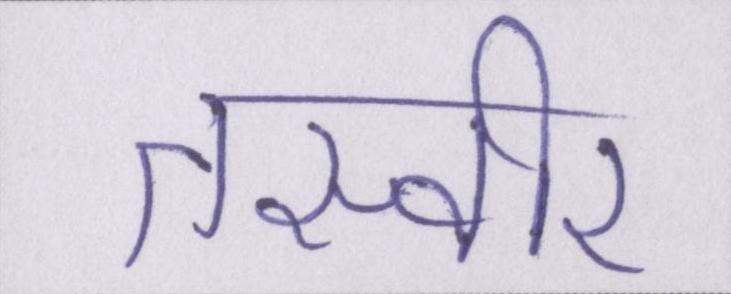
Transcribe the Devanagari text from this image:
तस्वीर